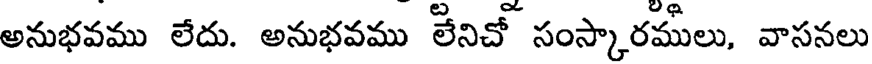
అనుభవము లేదు. అనుభవము లేనిచో సంస్కారములు, వాసనలు